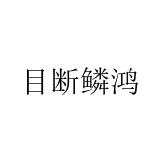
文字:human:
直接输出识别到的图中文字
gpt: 目断鳞鸿